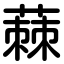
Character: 蕀